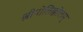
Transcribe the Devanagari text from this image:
श्रीपोतिक्कोलम्